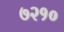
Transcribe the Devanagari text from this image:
७२१०